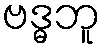
ဗဒ္ဓဘူ